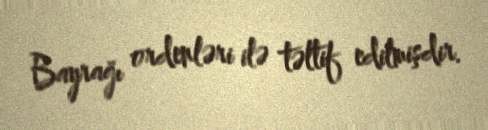
Bayrağı ordenləri ilə təltif edilmişdir.